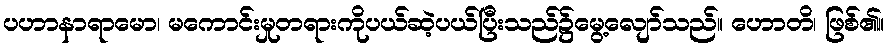
ပဟာနာရာမော၊ မကောင်းမှုတရားကိုပယ်ဆဲ့ပယ်ပြီးသည်၌မွေ့လျော်သည်။ ဟောတိ၊ ဖြစ်၏။